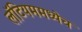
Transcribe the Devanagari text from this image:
लॅटियममध्येच